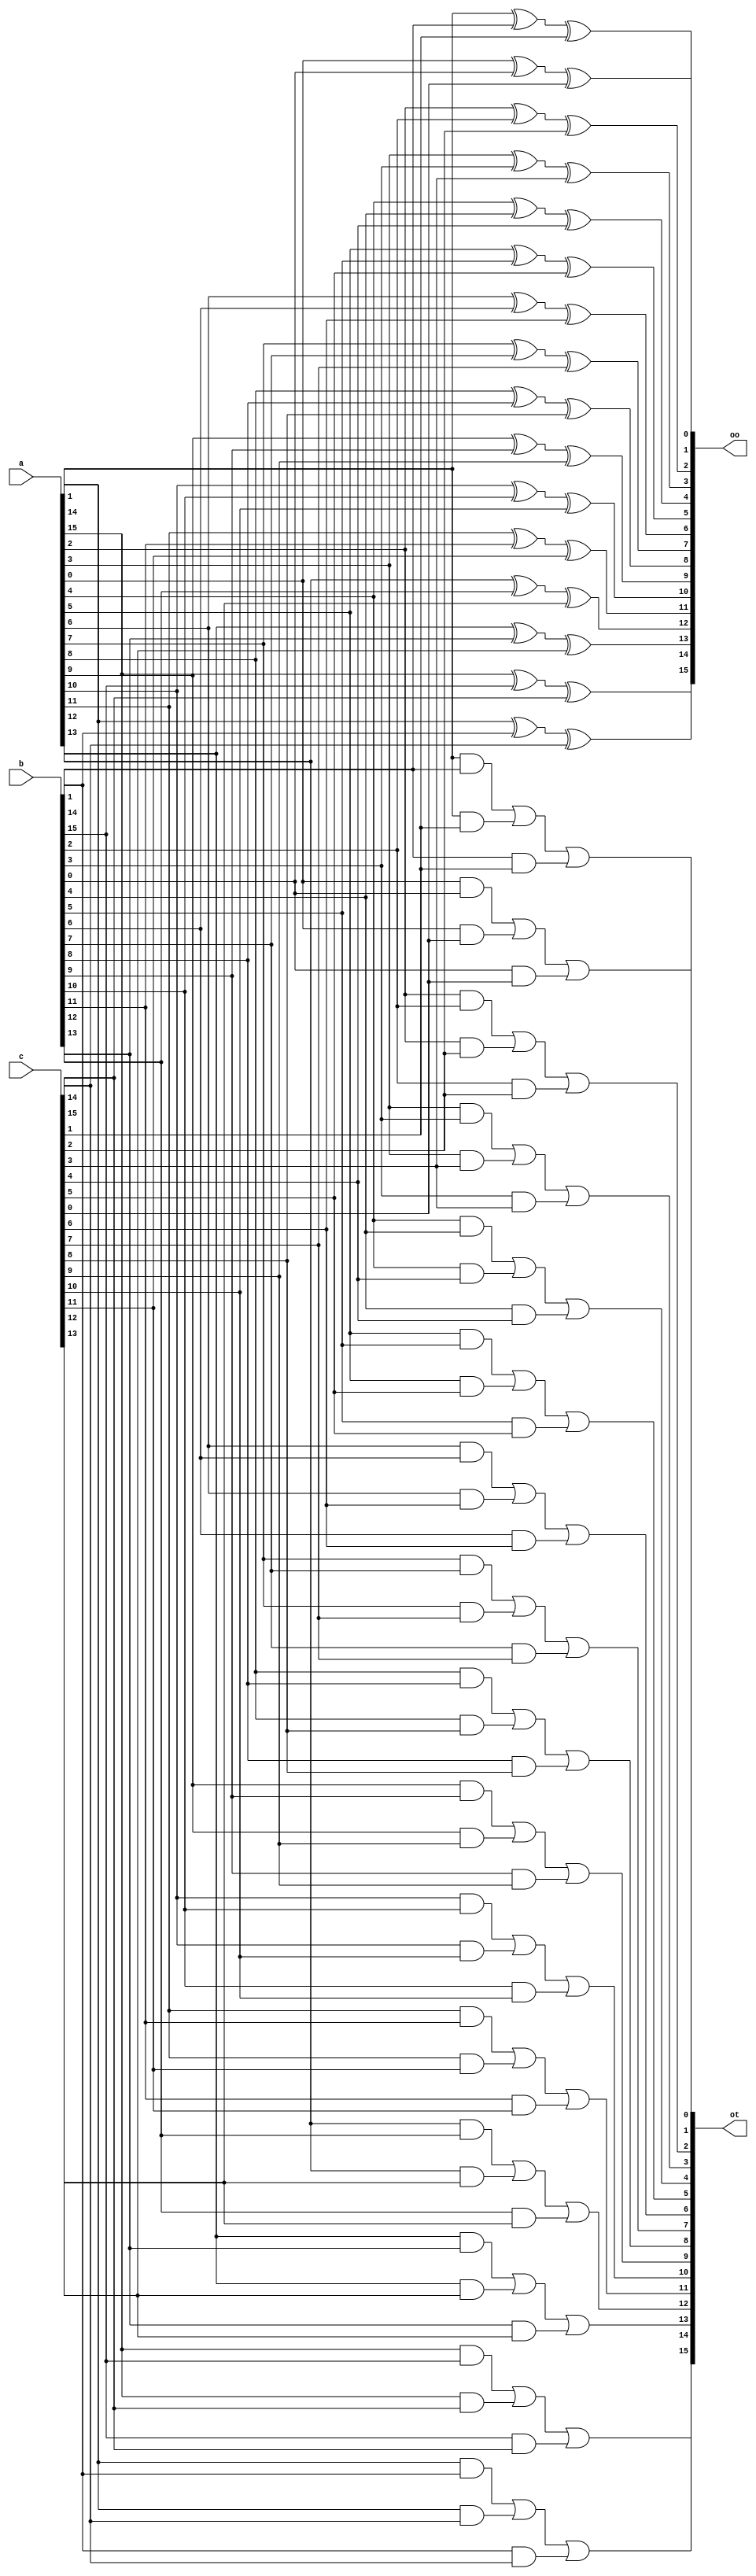
// Copyright 2007 Altera Corporation. All rights reserved.  
// Altera products are protected under numerous U.S. and foreign patents, 
// maskwork rights, copyrights and other intellectual property laws.  
//
// This reference design file, and your use thereof, is subject to and governed
// by the terms and conditions of the applicable Altera Reference Design 
// License Agreement (either as signed by you or found at www.altera.com).  By
// using this reference design file, you indicate your acceptance of such terms
// and conditions between you and Altera Corporation.  In the event that you do
// not agree with such terms and conditions, you may not use the reference 
// design file and please promptly destroy any copies you have made.
//
// This reference design file is being provided on an "as-is" basis and as an 
// accommodation and therefore all warranties, representations or guarantees of 
// any kind (whether express, implied or statutory) including, without 
// limitation, warranties of merchantability, non-infringement, or fitness for
// a particular purpose, are specifically disclaimed.  By making this reference
// design file available, Altera expressly does not recommend, suggest or 
// require that this reference design file be used in combination with any 
// other product not provided by Altera.
/////////////////////////////////////////////////////////////////////////////

module compress_32 (a,b,c,oo,ot);
parameter WIDTH = 16;
input [WIDTH-1:0] a,b,c;
output [WIDTH-1:0] oo,ot;

genvar i;
generate
    for (i=0; i<WIDTH; i=i+1)
    begin : cmp
        assign oo[i] = a[i] ^ b[i] ^ c[i];
        assign ot[i] = (a[i] & b[i]) | (a[i] & c[i]) | (b[i] & c[i]);
    end
endgenerate
endmodule